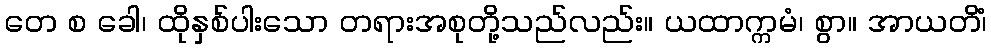
တေ စ ခေါ၊ ထိုနှစ်ပါးသော တရားအစုတို့သည်လည်း။ ယထာက္ကမံ၊ စွာ။ အာယတိံ၊